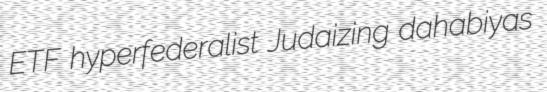
ETF hyperfederalist Judaizing dahabiyas